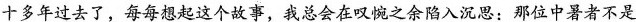
十多年过去了，每每想起这个故事，我总会在叹惋之余陷入沉思：那位中暑者不是